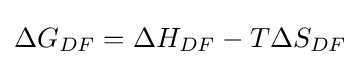
\Delta G_{DF}=\Delta H_{DF}-T\Delta S_{DF}